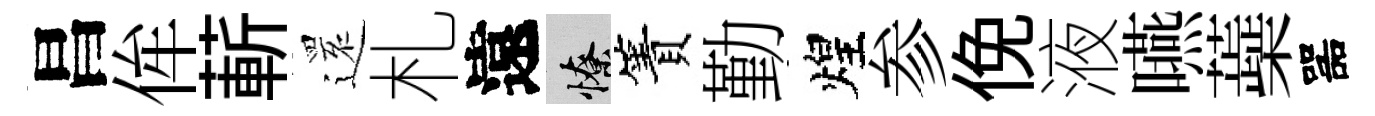
昌侔蔪𮟃札遠憭簀勤煌参俛液嚥蘃噐